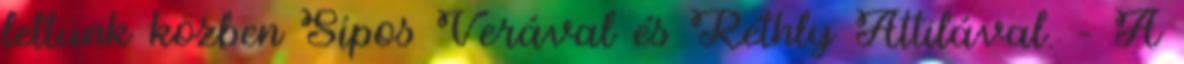
lettünk közben Sípos Verával és Réthly Attilával. – A